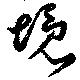
境